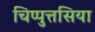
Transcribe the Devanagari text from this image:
चिप्पुत्तसिया